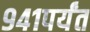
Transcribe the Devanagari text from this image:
९४१पर्यंत